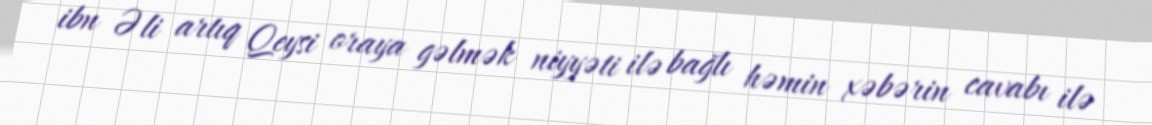
ibn Əli artıq Qeysi oraya gəlmək niyyəti ilə bağlı həmin xəbərin cavabı ilə